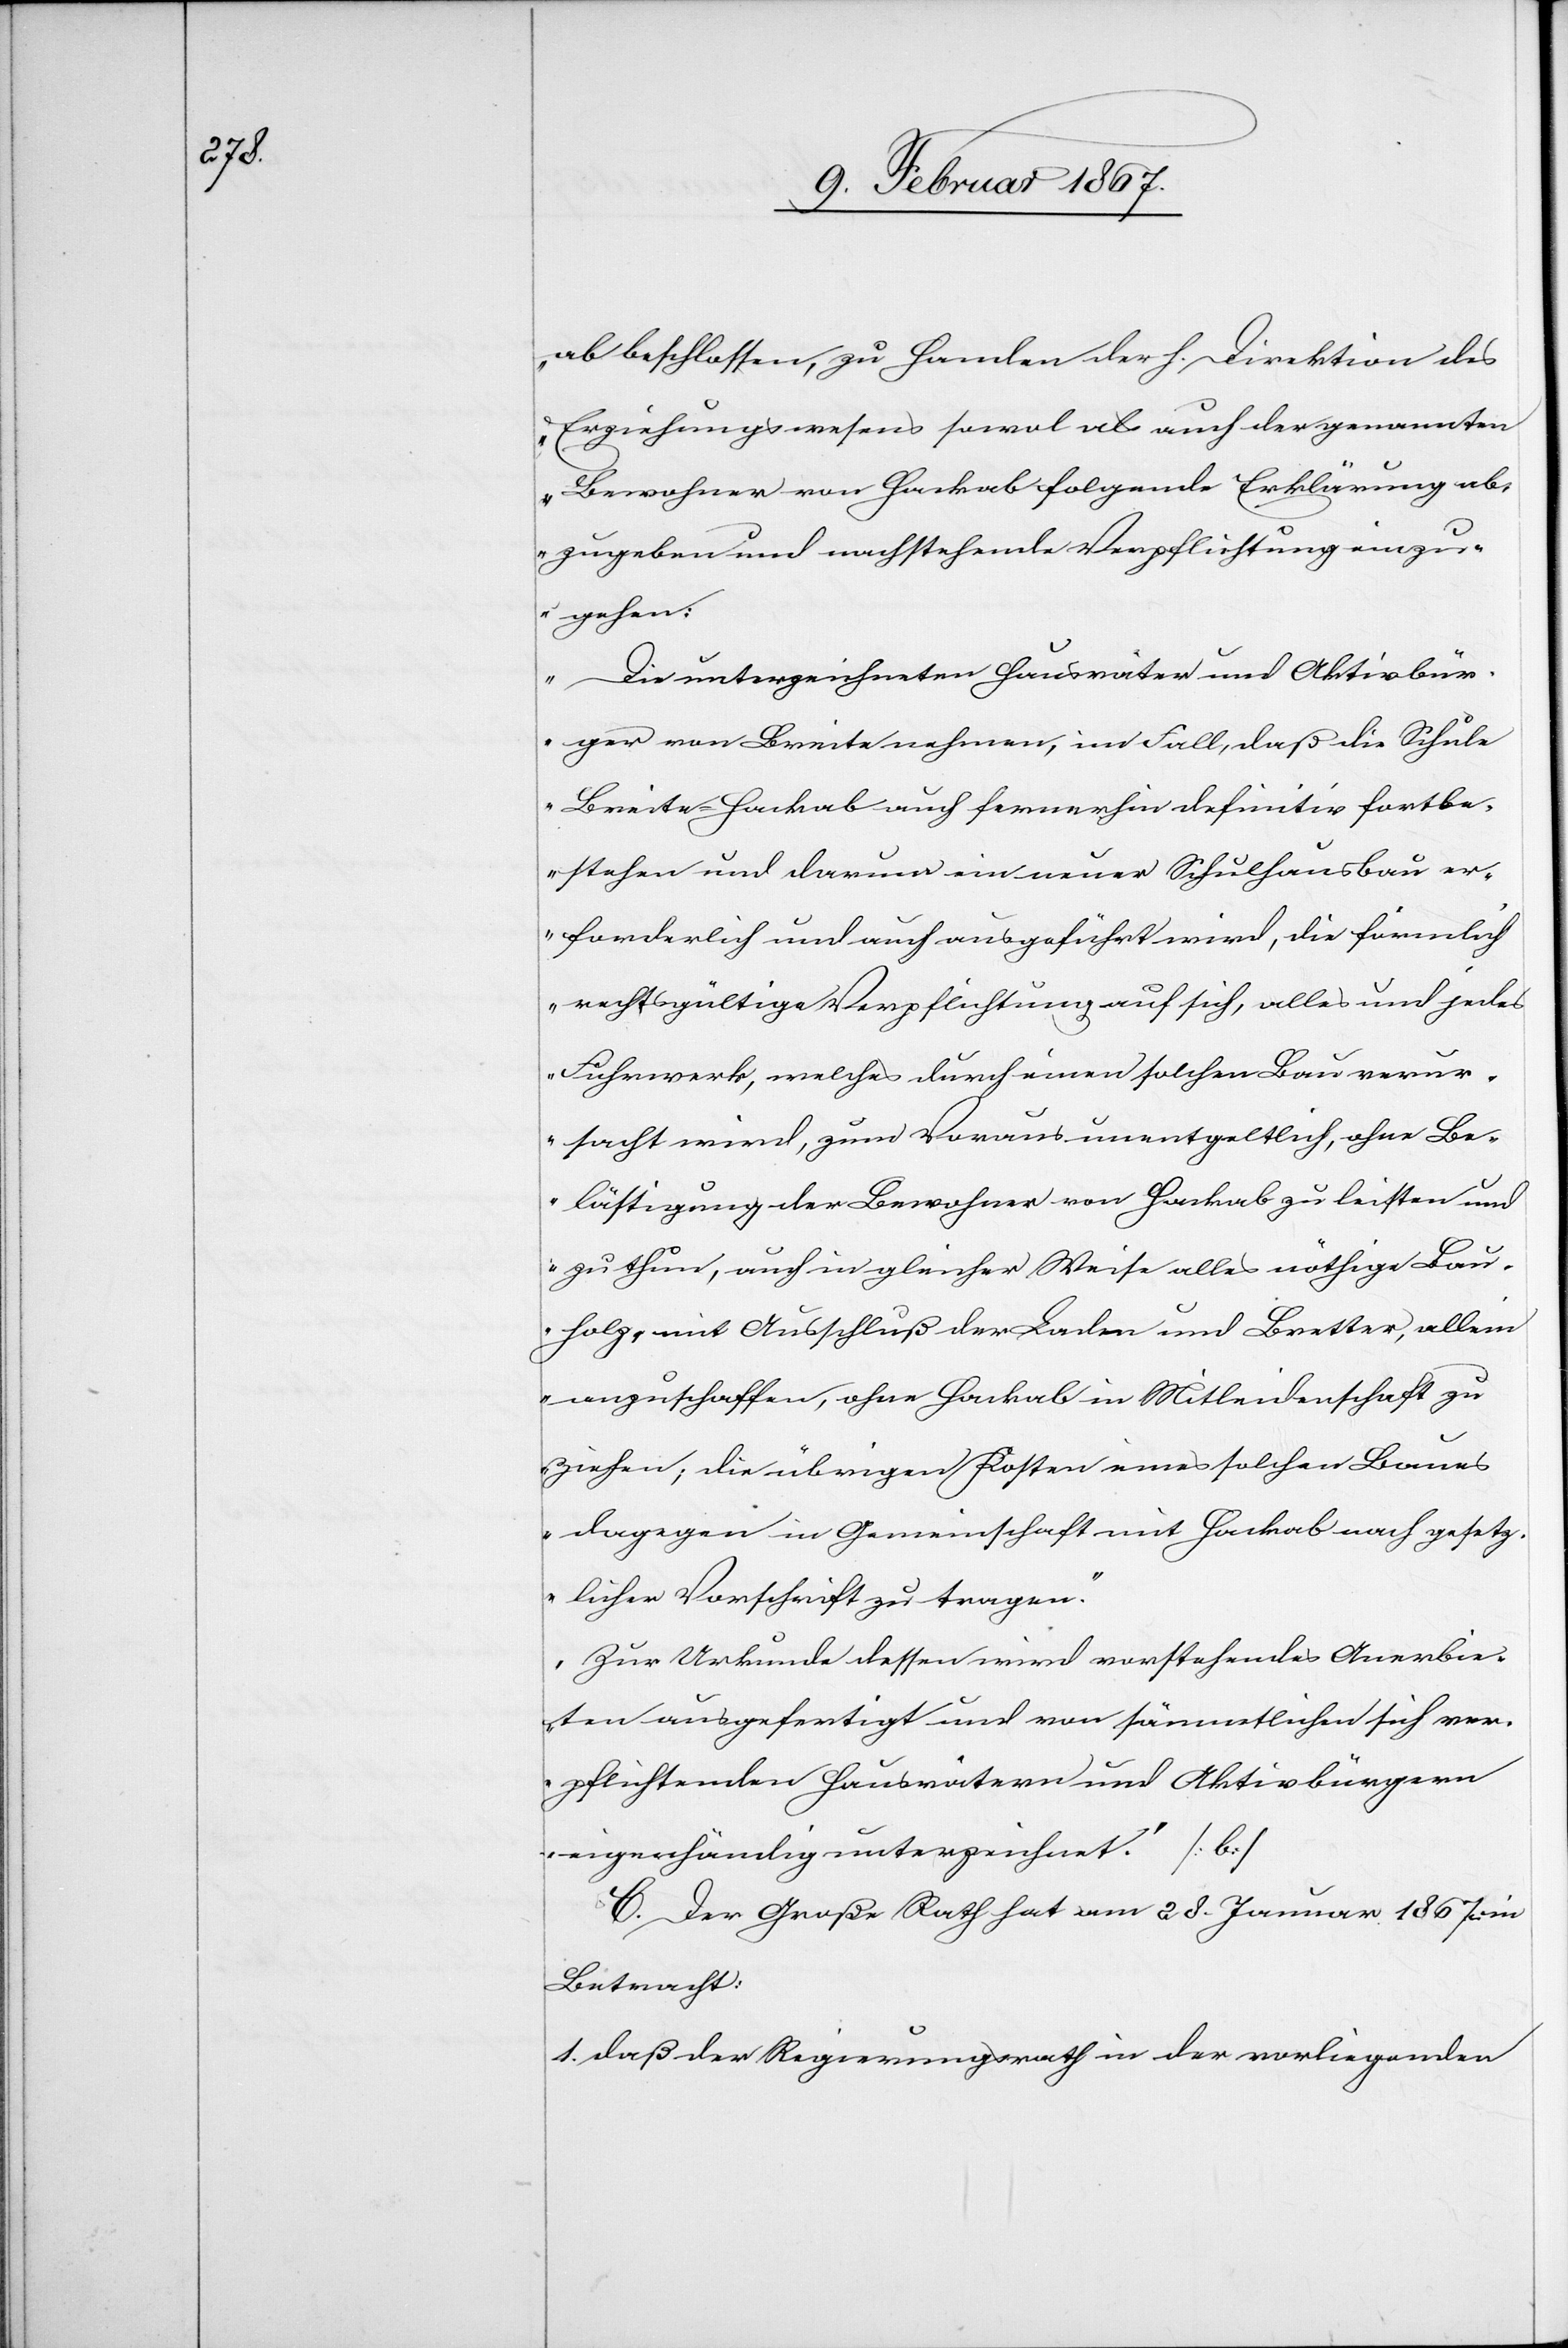
ab beschlossen, zu Handen der h. Direktion des
Erziehungswesens sowol als auch der genannten
Bewohner von Hackab folgende Erklärung ab¬
zugeben und nachstehende Verpflichtung einzu¬
gehen:
Die unterzeichneten Hausväter und Aktivbür¬
ger von Breite nehmen, im Fall, daß die Schule
Breite-Hackab auch fernerhin definitiv fortbe¬
stehen und darum ein neuer Schulhausbau er¬
forderlich und auch ausgeführt wird, die förmlich
rechtsgültige Verpflichtung auf sich, alles und jedes
Fuhrwerk, welches durch einen solchen Bau verur¬
sacht wird, zum Voraus unentgeltlich, ohne Be¬
lästigung der Bewohner von Hackab zu leisten und
zu thun, auch in gleicher Weise alles nöthige Bau¬
holz, mit Ausschluß der Laden und Bretter, allein
anzuschaffen, ohne Hackab in Mitleidenschaft zu
ziehen; die übrigen Kosten eines solchen Baues
dagegen in Gemeinschaft mit Hackab nach gesetz¬
licher Vorschrift zu tragen.
Zur Urkunde dessen wird vorstehendes Anerbie¬
ten ausgefertigt und von sämmtlichen sich ver¬
pflichtenden Hausvätern und Aktivbürgern
eigenhändig unterzeichnet.“ [b]
C. Der Große Rath hat am 28. Januar 1867 in
Betracht:
1. daß der Regierungsrath in der vorliegenden